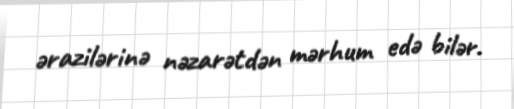
ərazilərinə nəzarətdən mərhum edə bilər.